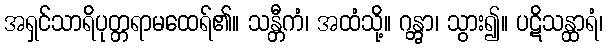
အရှင်သာရိပုတ္တရာမထေရ်၏။ သန္တီကံ၊ အထံသို့။ ဂန္တွာ၊ သွား၍။ ပဋိသန္ထာရံ၊